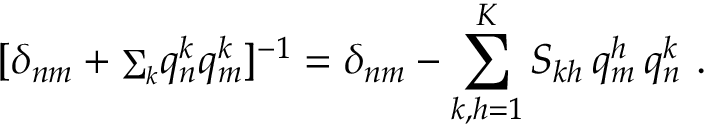
[ \delta _ { n m } + { \scriptstyle \sum _ { k } } q _ { n } ^ { k } q _ { m } ^ { k } ] ^ { - 1 } = \delta _ { n m } - \sum _ { k , h = 1 } ^ { K } S _ { k h } \, q _ { m } ^ { h } \, q _ { n } ^ { k } \ .